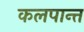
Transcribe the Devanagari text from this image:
कलपान्त